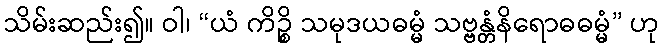
သိမ်းဆည်း၍။ ဝါ၊ “ယံ ကိဉ္စိ သမုဒယဓမ္မံ သဗ္ဗန္တံနိရောဓဓမ္မံ” ဟု